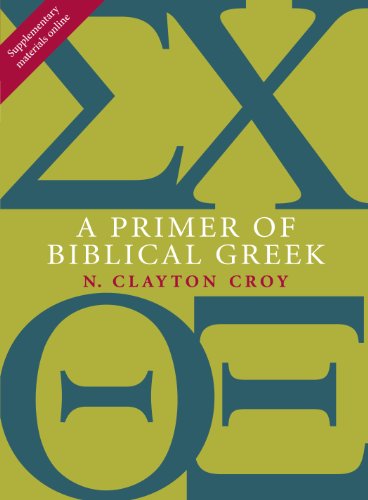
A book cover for A Primer of Biblical Greek; N. Clayton Croy; Christian Books & Bibles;